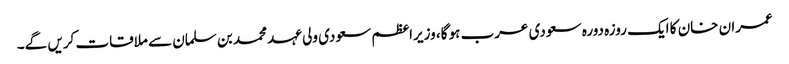
عمران خان کا ایک روزہ دورہ سعودی عرب ہو گا، وزیراعظم سعودی ولی عہد محمد بن سلمان سے ملاقات کریں گے۔